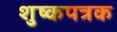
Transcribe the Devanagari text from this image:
शुष्कपत्रक